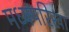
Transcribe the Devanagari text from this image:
मध्यपरिखा